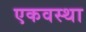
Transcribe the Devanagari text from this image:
एकवस्था